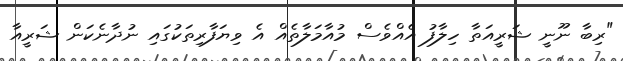
"ރިބާ ނޫނީ ޝަރީއަތާ ހިލާފު އެއްވެސް މުއާމަލާތެއް އެ ވިޔަފާރިތަކުގައި ނުދާނެކަން ޝަރީއާ